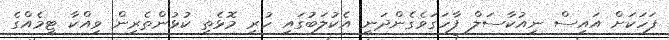
ފަހަކަށް އައިސް ނިއުކާސަލް ފާހަގަވެގެންދަނީ އެކުލަބުގައި ހުރި މޮޅެތި ކުޅުންތެރިން ވިއްކާ ޓީމެއްގެ